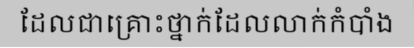
ដែលជាគ្រោះថ្នាក់ដែលលាក់កំបាំង